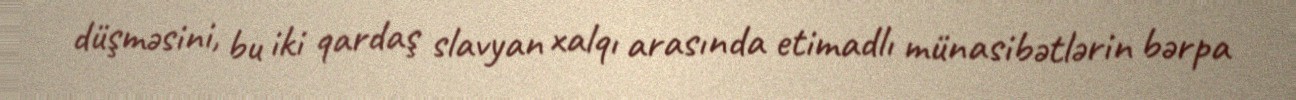
düşməsini, bu iki qardaş slavyan xalqı arasında etimadlı münasibətlərin bərpa